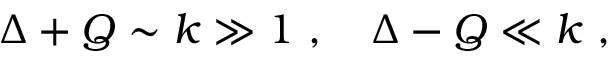
\Delta + Q \sim k \gg 1 ~ , ~ ~ ~ \Delta - Q \ll k ~ ,